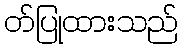
တ်ပြုထားသည်